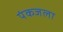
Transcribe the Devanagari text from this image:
पंकजला